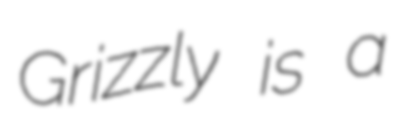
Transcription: Grizzly is a